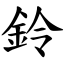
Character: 鈴